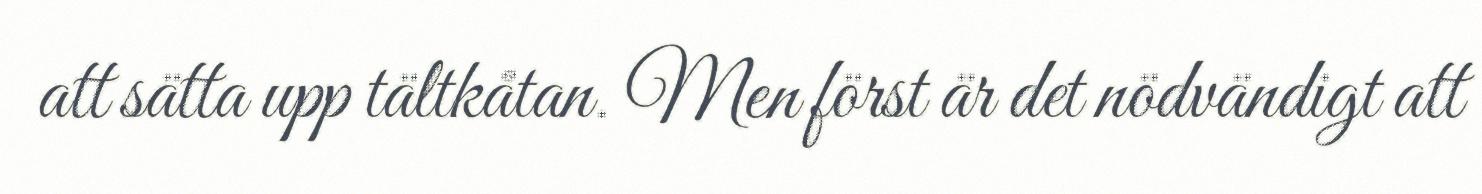
att sätta upp tältkåtan. Men först är det nödvändigt att